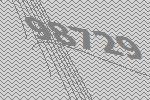
98729